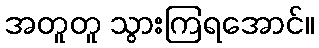
အတူတူ သွားကြရအောင်။